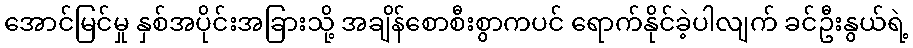
အောင်မြင်မှု နှစ်အပိုင်းအခြားသို့ အချိန်စောစီးစွာကပင် ရောက်နိုင်ခဲ့ပါလျက် ခင်ဦးနွယ်ရဲ့